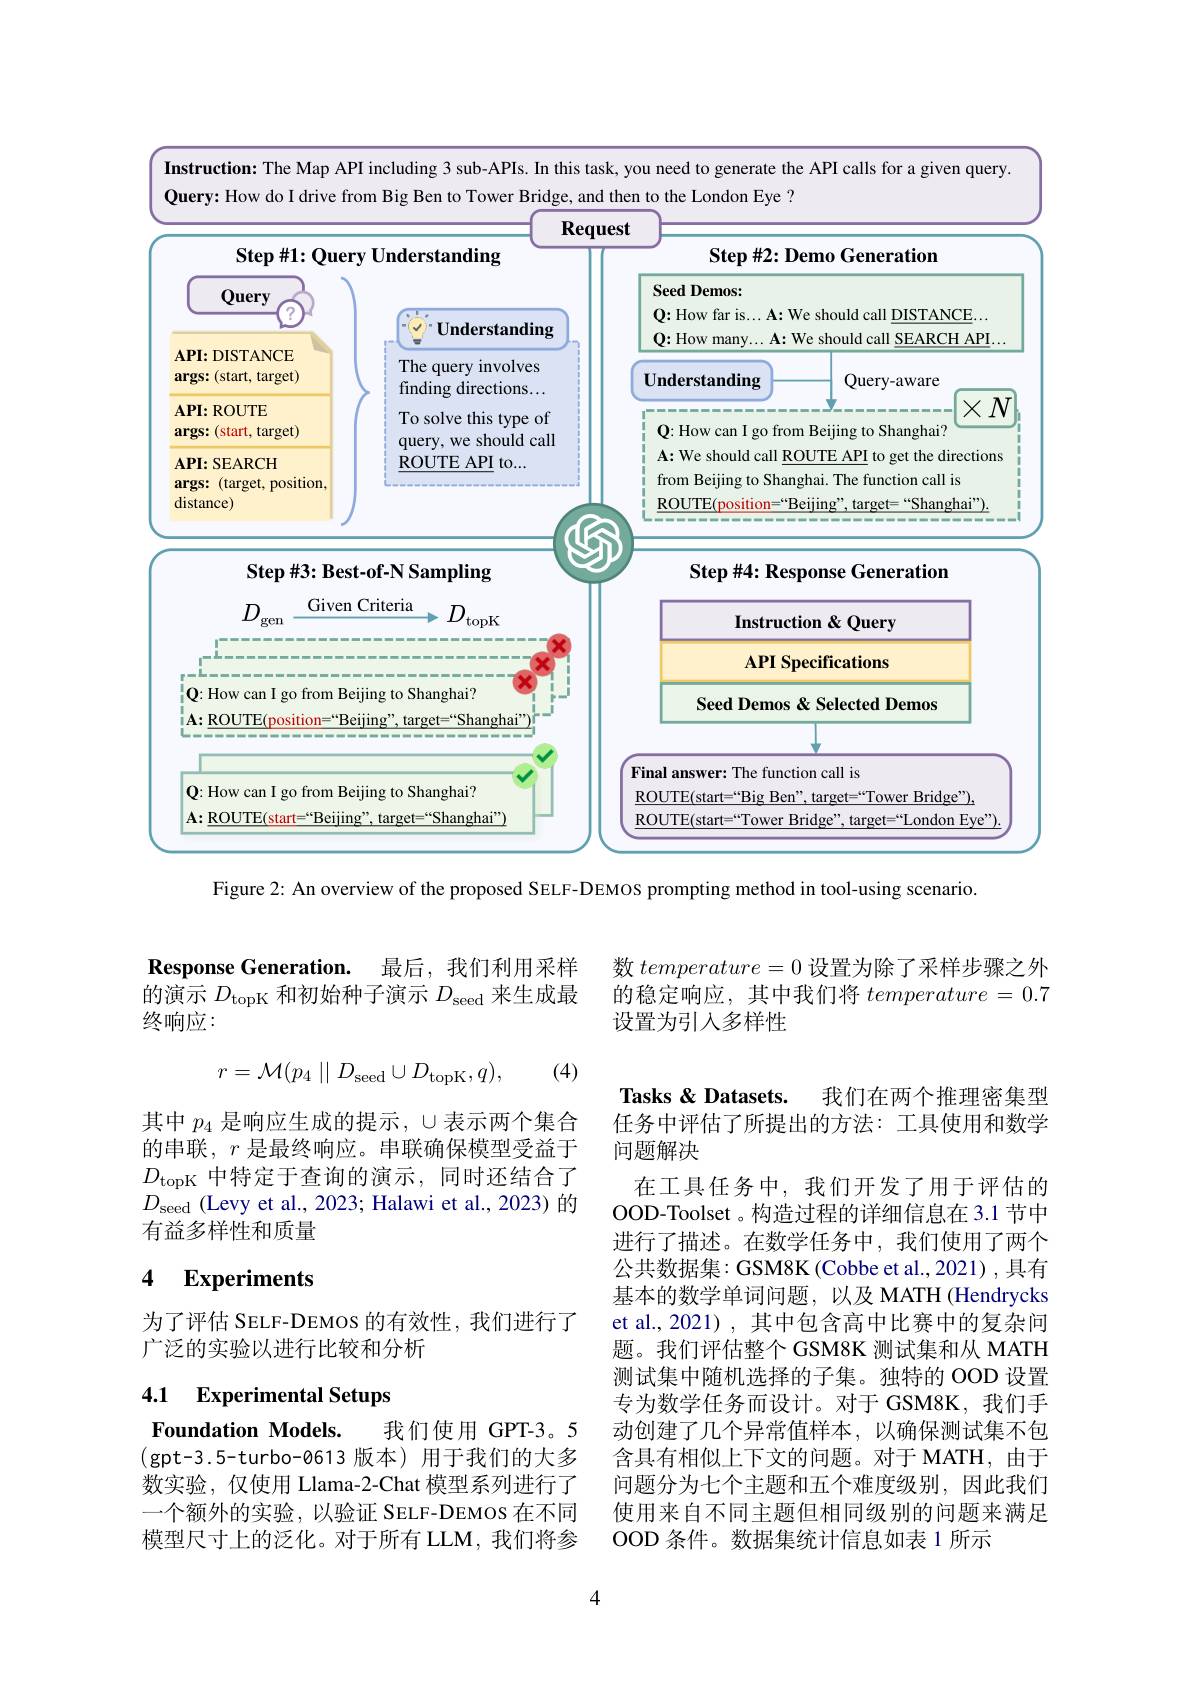
Instruction: The Map API including 3 sub-APIs. In this task, you need to generate the API calls for a given query.
<FigureHere>

Figure 2: An overview of the proposed SELF-DEMOS prompting method in tool-using scenario.

Response Generation.
最后，我们利用采样
的演示$D_\mathrm{topK}$和初始种子演示$D_\mathrm{seed}$来生成最
终响应：

(4)
$$r=\mathcal{M}(p_4\mid\mid D_{\mathrm{seed}}\cup D_{\mathrm{topK}},q),$$
其中 $p_4$ 是响应生成的提示，$\cup$表示两个集合的串联，$r$是最终响应。串联确保模型受益于$D_{\mathrm{topK}}$中特定于查询的演示，同时还结合了$D_{\mathrm{seed}}$ (Levy et al., 2023; Halawi et al., 2023) 的有益多样性和质量

### 4 Experiments

为了评估 SELF-DEMOS 的有效性，我们进行了
广泛的实验以进行比较和分析

### 4.1 Experimental Setups

Foundation Models.

我们使用 GPT-3。5
(gpt-3.5-turbo-0613 版本)用于我们的大多数实验，仅使用 Llama-2-Chat 模型系列进行了一个额外的实验，以验证 SELF-DEMOS 在不同模型尺寸上的泛化。对于所有 LLM, 我们将参

数$temperature=0$设置为除了采样步骤之外的稳定响应，其中我们将$temperature=0.7$ 设置为引入多样性

Tasks & Datasets.
我们在两个推理密集型
任务中评估了所提出的方法：工具使用和数学
问题解决
在工具任务中，我们开发了用于评估的OOD-Toolset 。构造过程的详细信息在 3.1 节中进行了描述。在数学任务中，我们使用了两个公共数据集：GSM8K (Cobbe et al., 2021), 具有基本的数学单词问题，以及 MATH (Hendrycks et al., 2021) , 其中包含高中比赛中的复杂问题。我们评估整个 GSM8K 测试集和从 MATH 测试集中随机选择的子集。独特的 OOD 设置专为数学任务而设计。对于 GSM8K,我们手动创建了几个异常值样本，以确保测试集不包含具有相似上下文的问题。对于 MATH, 由于问题分为七个主题和五个难度级别，因此我们使用来自不同主题但相同级别的问题来满足OOD 条件。数据集统计信息如表 1 所示

4